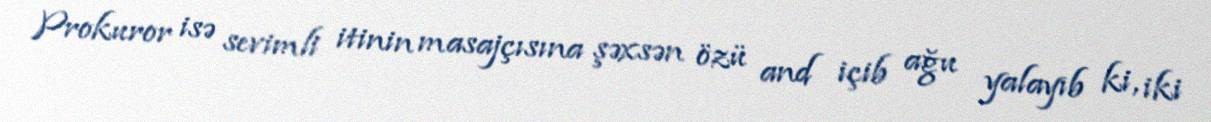
Prokuror isə sevimli itinin masajçısına şəxsən özü and içib ağu yalayıb ki, iki